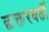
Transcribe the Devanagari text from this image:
छक्तरवर्ती